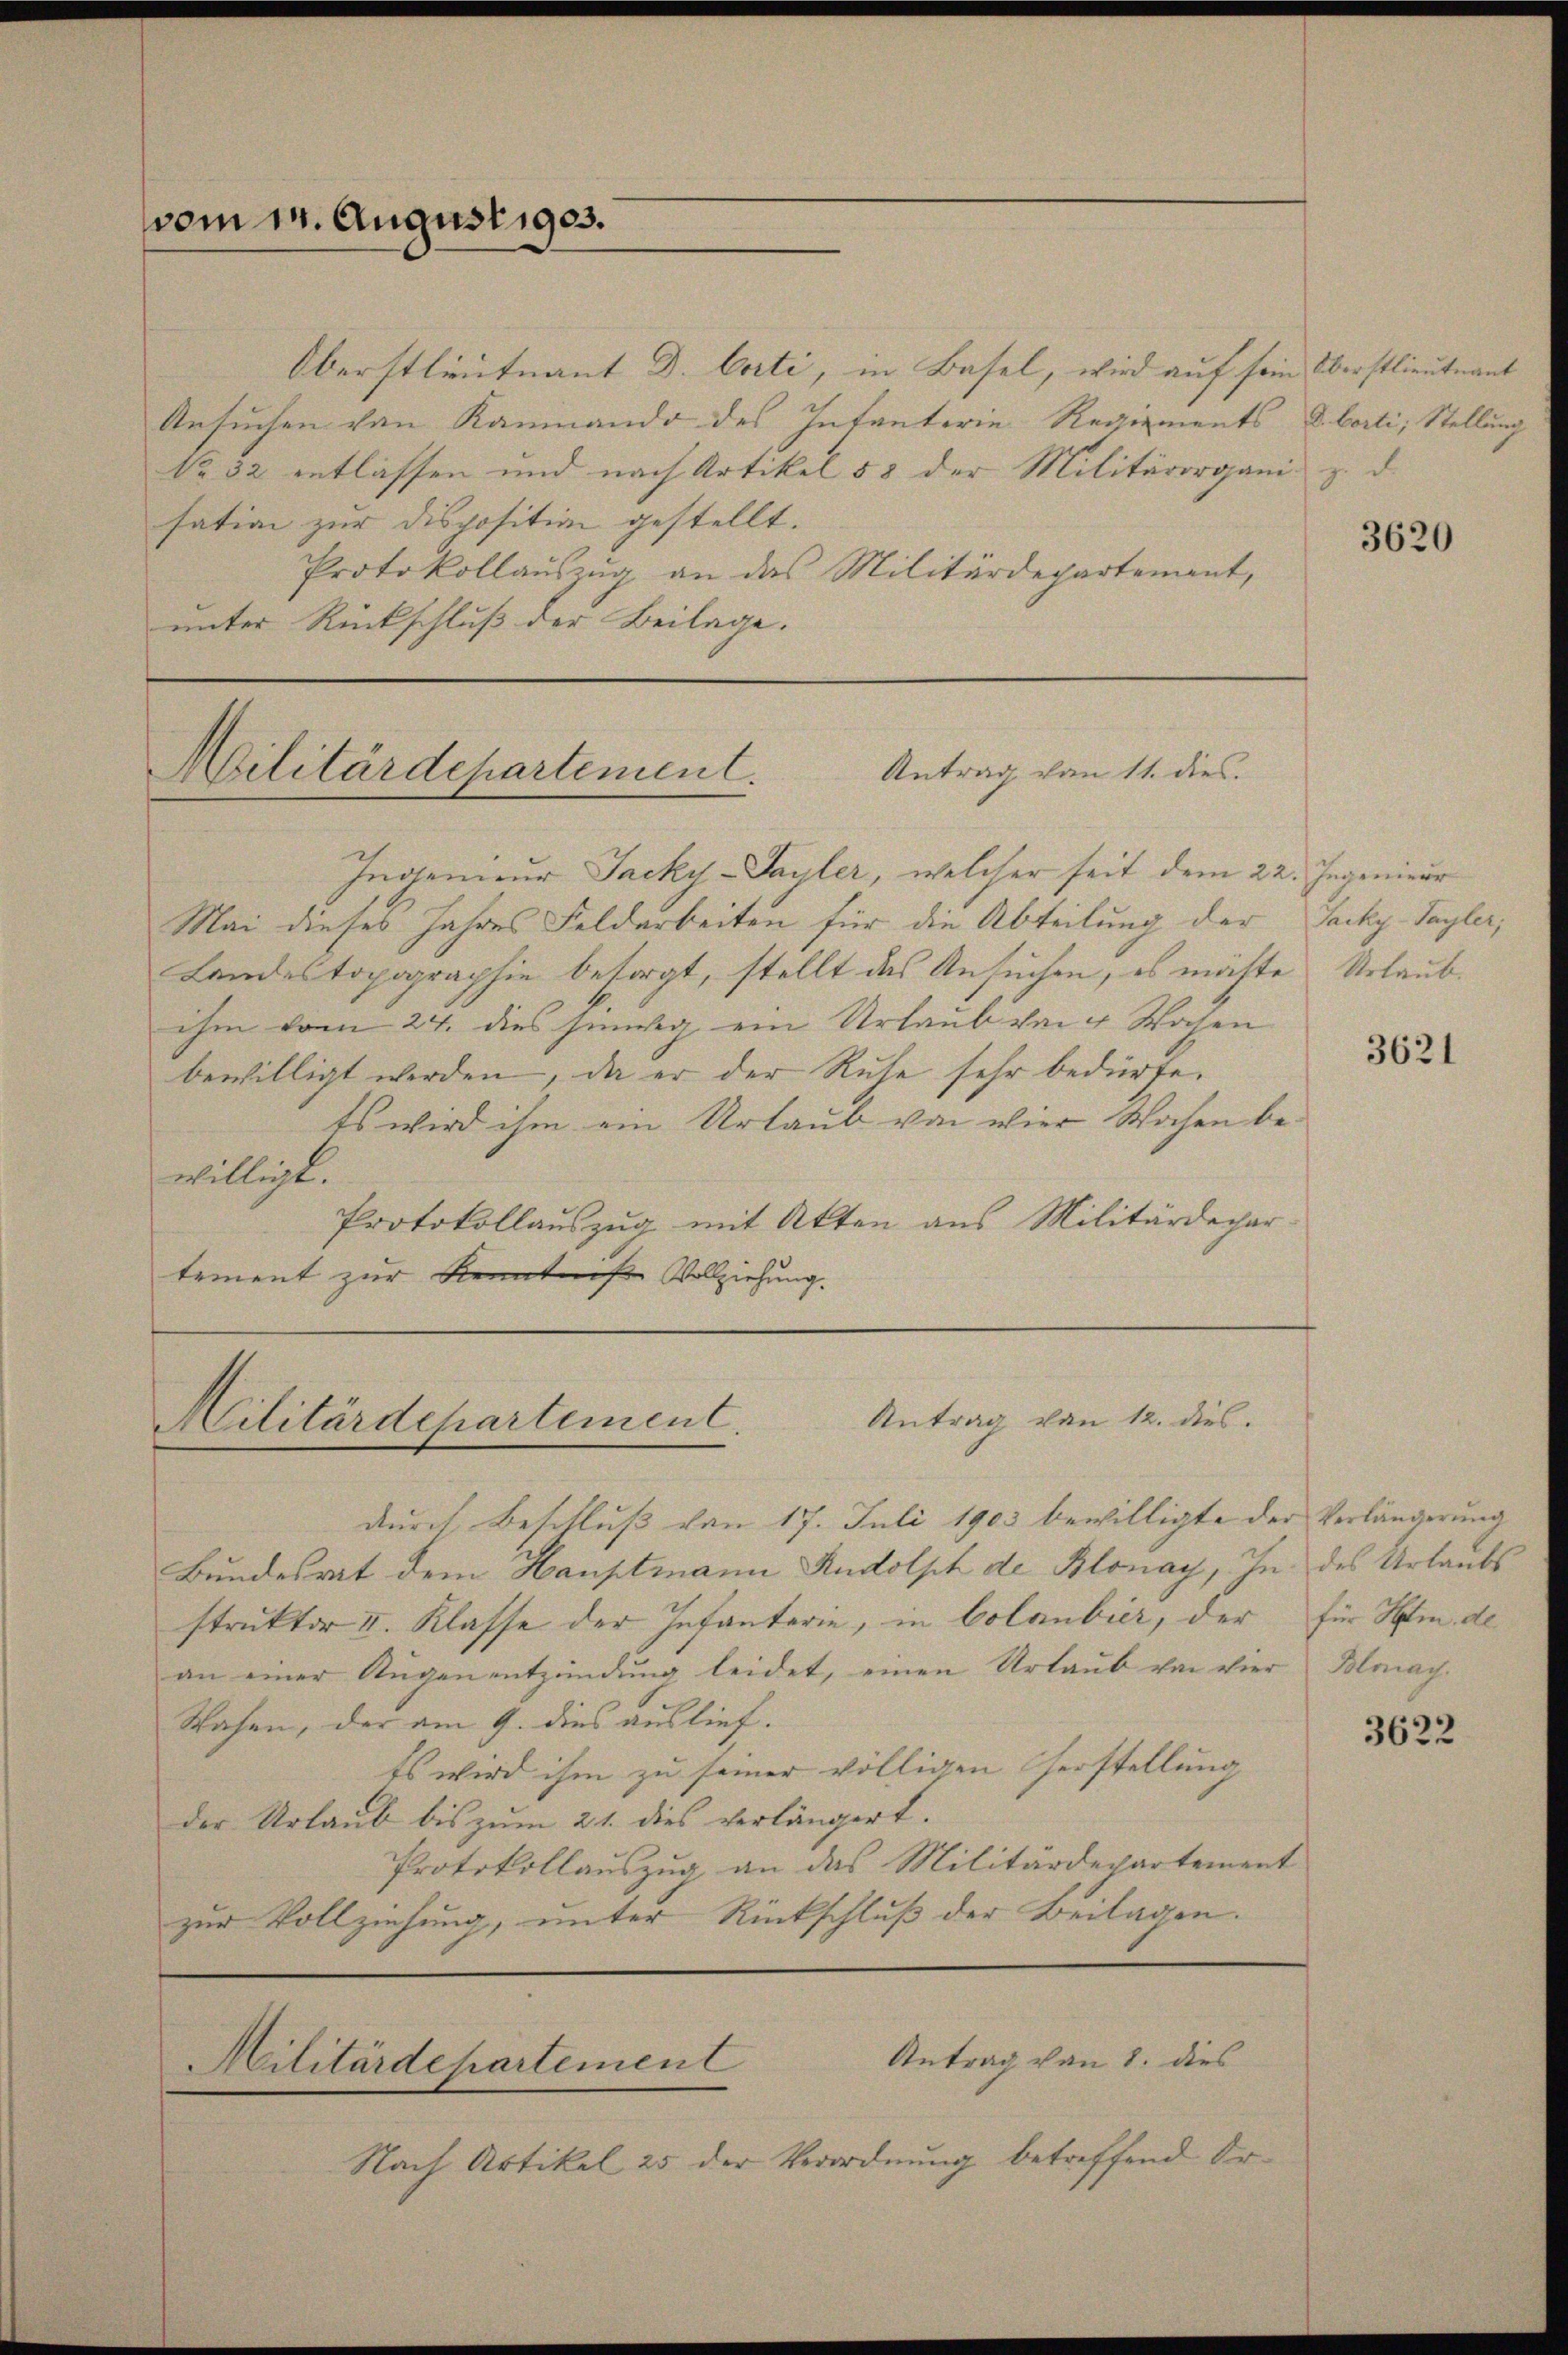
vom 1. August 1903.

Oberstlieutnant D. Corti, in Basel, wird auf sein Oberstlieutnant
Ansuchen von Kammando des Intanterie Regiements u. borti, Stellung
No 32 entlassen und nach Artikel 53 der Militärorgani z. d.
sation zur Disposition gestellt.
Protokollauszug an das Militärdepartement,
unter Rückschluß der Beilage.

Antrag von 11. dies
Militärdepartement.

Ingenieur Jacky-Sayler, welcher seit dem 22. Ingenieur
Mai dieses Jahres Feldarbeiten für die Abteilung der Sacky-Sayler,
Landestopographie besorgt, stellt das Ansuchen, es möchte Urlaubihm vom 24. dies hinweg ein Urlaub von 4 Wochen
bewilligt werden, da er der Ruhe sehr bedürfe.
Es wird ihm ein Urlaub von vier Wochen bewilligt.
Protokollauszug mit Akten aus Militärdepar-
tement zur Kenntnis Vollziehung.

Militärdepartement. Antrag von 12. dies.

durch Beschluß von 17. Juli 1903 bewilligte der Verlängerung
Bundesrat dem Hauptmann Rudolph de Blonay, In des Urlaubs
struktor II. Klasse der Infanterie, in Colanbier, der
an einer Aŭgen entzündung leidet, einen Urlaub von vier Blonach
Wahen, der am 9. dies auslief.
Es wird ihm zu seiner völligen Verstellung
der Urlaub bis zum 21. dies verlängert.
Protokollauszug an das Militärdepartement
zur Vollziehung, unter Rückschluß der Beilagen.

Militärdepartement

Antrag von 1. dies
Nach Artikel 25 der Verordnung betreffend Or¬

3620

3621

für Helm. de

3622